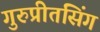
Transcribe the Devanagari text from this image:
गुरुप्रीतसिंग